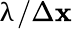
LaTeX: \uplambda/\Delta\mathbf{x}